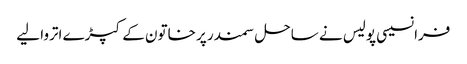
فرانسیسی پولیس نے ساحل سمندر پر خاتون کے کپڑے اتروا لیے